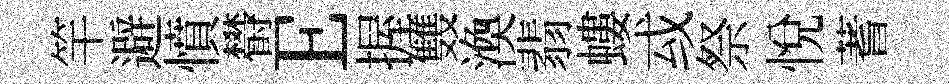
竿避憤欎E握䨇渙翡螻㦯祭悦蓍